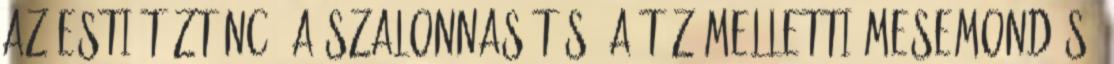
az esti tűztánc, a szalonnasütés, a tűz melletti mesemondás,